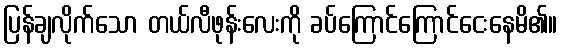
ပြန်ချလိုက်သော တယ်လီဖုန်းလေးကို ခပ်ကြောင်ကြောင်ငေးနေမိ၏။